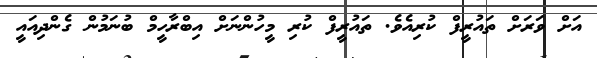
އަށް ވަރަށް ތައުރީފް ކުރިއެވެ. ތައުރީފް ކުރި މީހުންނަށް އިބްރާހީމް ބުނަމުން ގެންދިއައީ